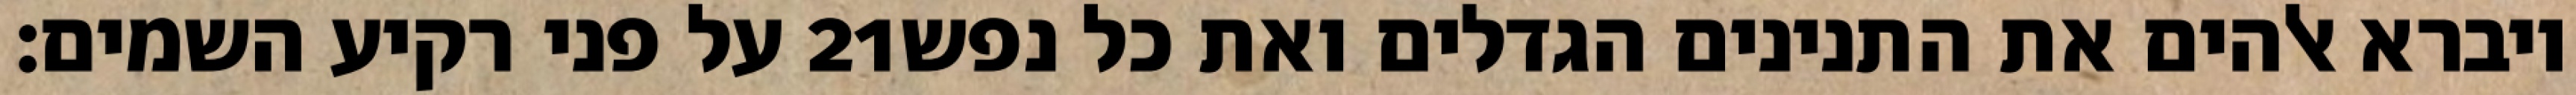
על פני רקיע השמים׃ ‎21‏ ויברא אלהים את התנינים הגדלים ואת כל נפש